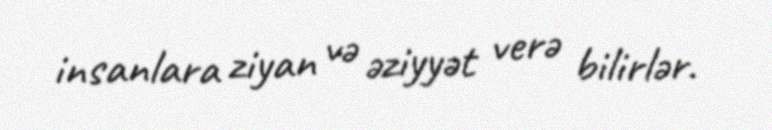
insanlara ziyan və əziyyət verə bilirlər.